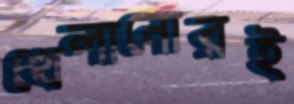
খেলানোরই